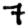
Digit: 7